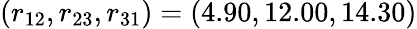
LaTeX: (r_{12},r_{23},r_{31})=(4.90,12.00,14.30)